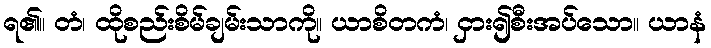
ရ၏။ တံ၊ ထိုစည်းစိမ်ချမ်းသာကို။ ယာစိတကံ၊ ငှား၍စီးအပ်သော။ ယာနံ